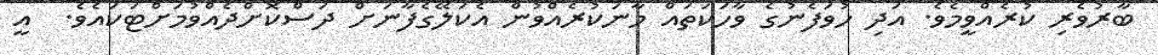
ބާރުވެރި ކުރެއްވީމެވެ. އަދި ހުވަފެނުގެ ވާހަކަތައް މާނަކުރެއްވުން އެކަލޭގެފާނަށް ދަސްކޮށްދެއްވުމަށްޓަކައެވެ.  އީ